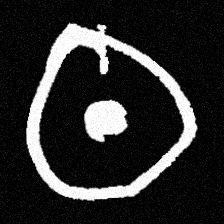
Pyu character \u2014 Myanmar letter: ထ (romanized: tha)